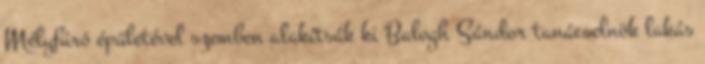
Mélyfúró épületével szemben alakítsák ki Balogh Sándor tanácselnök lakás